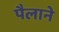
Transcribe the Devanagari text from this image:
पैलाने